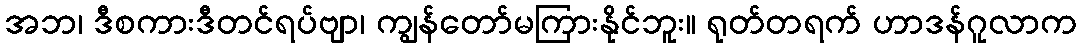
အဘ၊ ဒီစကားဒီတင်ရပ်ဗျာ၊ ကျွန်တော်မကြားနိုင်ဘူး။ ရုတ်တရက် ဟာဒန်ဂူလာက